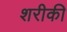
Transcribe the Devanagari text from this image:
शरीकी